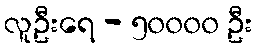
လူဦးရေ - ၅၀၀၀၀ ဦး